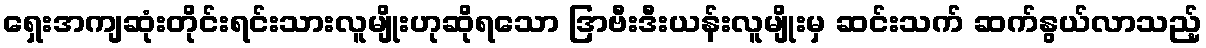
ရှေးအကျဆုံးတိုင်းရင်းသားလူမျိုးဟုဆိုရသော ဒြာဗီးဒီးယန်းလူမျိုးမှ ဆင်းသက် ဆက်နွယ်လာသည့်